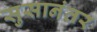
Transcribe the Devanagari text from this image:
सुसानंतर